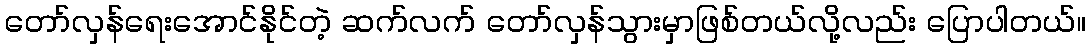
တော်လှန်ရေးအောင်နိုင်တဲ့ ဆက်လက် တော်လှန်သွားမှာဖြစ်တယ်လို့လည်း ပြောပါတယ်။